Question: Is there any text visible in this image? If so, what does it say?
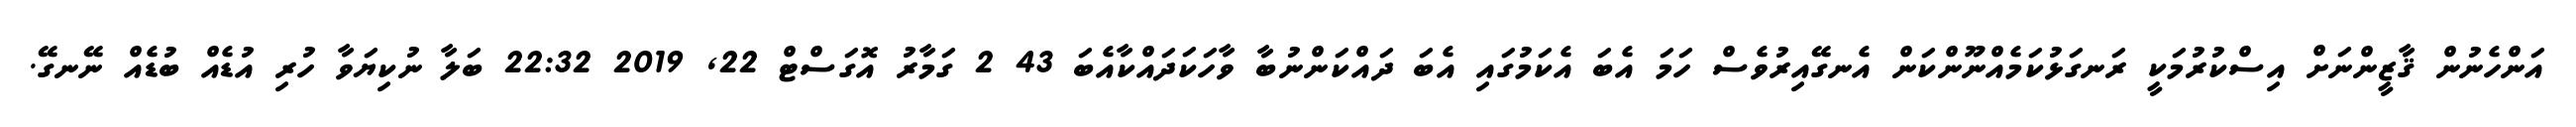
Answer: އަންހެނުން ޤާޒީންނަށް އިސްކުރުމަކީ ރަނގަޅުކަމެއްނޫންކަން އެނގޭއިރުވެސް ހަމަ އެބަ އެކަމުގައި އެބަ ދައްކަންނުބާ ވާހަކަދައްކާއެބަ 43 2 ގަމާރު އޮގަސްޓް 22, 2019 22:32 ބަލާ ނުކިޔަވާ ހުރި އުޑެއް ބުޑެއް ނޭނގޭ.